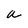
Character: a